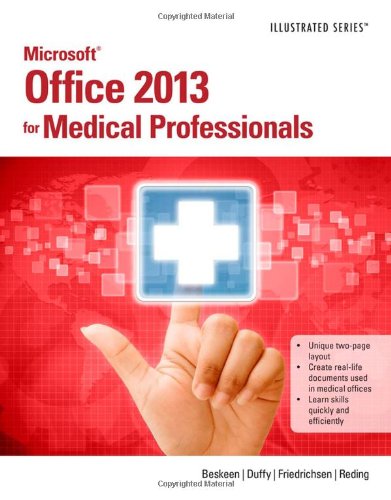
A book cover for Microsoft Office 2013 for Medical Professionals Illustrated; David W. Beskeen; Computers & Technology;